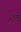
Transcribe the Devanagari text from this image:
तते